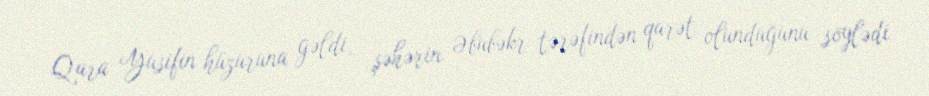
Qara Yusifin hüzuruna gəldi, şəhərin Əbubəkr tərəfindən qarət olunduğunu söylədi